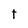
Character: t